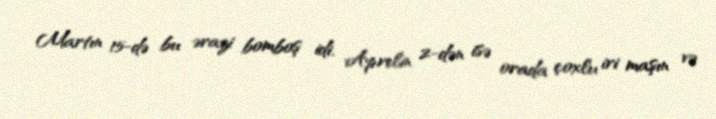
Martın 15-də bu ərazi bomboş idi. Aprelin 2-dən isə orada çoxlu iri maşın və